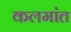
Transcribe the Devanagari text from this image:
कलमांत